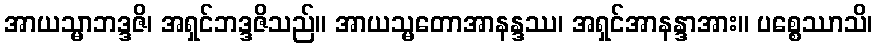
အာယသ္မာဘဒ္ဒဇိ၊ အရှင်ဘဒ္ဒဇိသည်။ အာယသ္မတောအာနန္ဒဿ၊ အရှင်အာနန္ဒာအား။ ပစ္စေဿာသိ၊